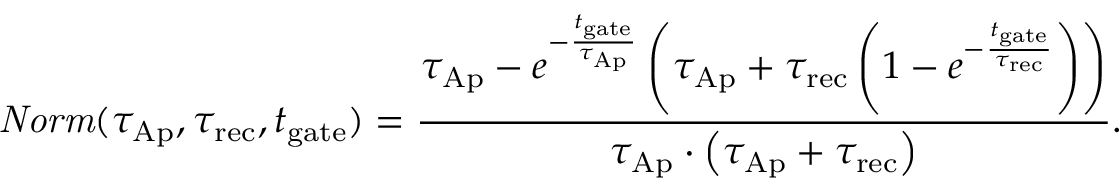
\mathit { N o r m } ( \tau _ { \mathrm { A p } } , \tau _ { \mathrm { r e c } } , t _ { \mathrm { g a t e } } ) = \frac { \tau _ { \mathrm { A p } } - e ^ { - \frac { t _ { \mathrm { g a t e } } } { \tau _ { \mathrm { A p } } } } \left( \tau _ { \mathrm { A p } } + \tau _ { \mathrm { r e c } } \left( 1 - e ^ { - \frac { t _ { \mathrm { g a t e } } } { \tau _ { \mathrm { r e c } } } } \right) \right) } { \tau _ { \mathrm { A p } } \cdot \left( \tau _ { \mathrm { A p } } + \tau _ { \mathrm { r e c } } \right) } .